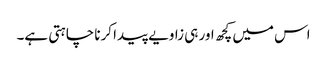
اس میں کچھ اور ہی زاویے پیدا کرنا چاہتی ہے۔